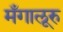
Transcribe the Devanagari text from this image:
मँगालूरु